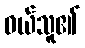
ဝယ်သူ၏